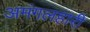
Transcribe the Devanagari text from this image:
अमंगलहारी